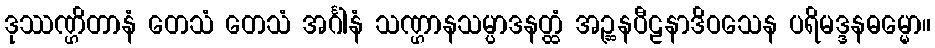
ဒုဿဏ္ဌိတာနံ တေသံ တေသံ အင်္ဂါနံ သဏ္ဌာနသမ္ပာဒနတ္ထံ အဉ္ဆနပီဠနာဒိဝသေန ပရိမဒ္ဒနဓမ္မော။